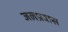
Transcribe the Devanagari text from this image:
जलप्रवास